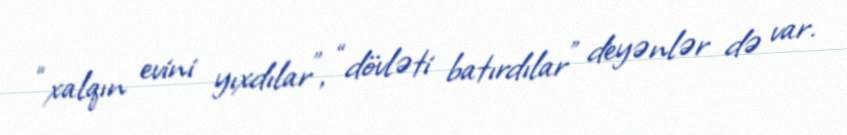
“xalqın evini yıxdılar”, “dövləti batırdılar” deyənlər də var.